Vaccination in Bombay 1874-1876 - 1874-1876
Year: 1874
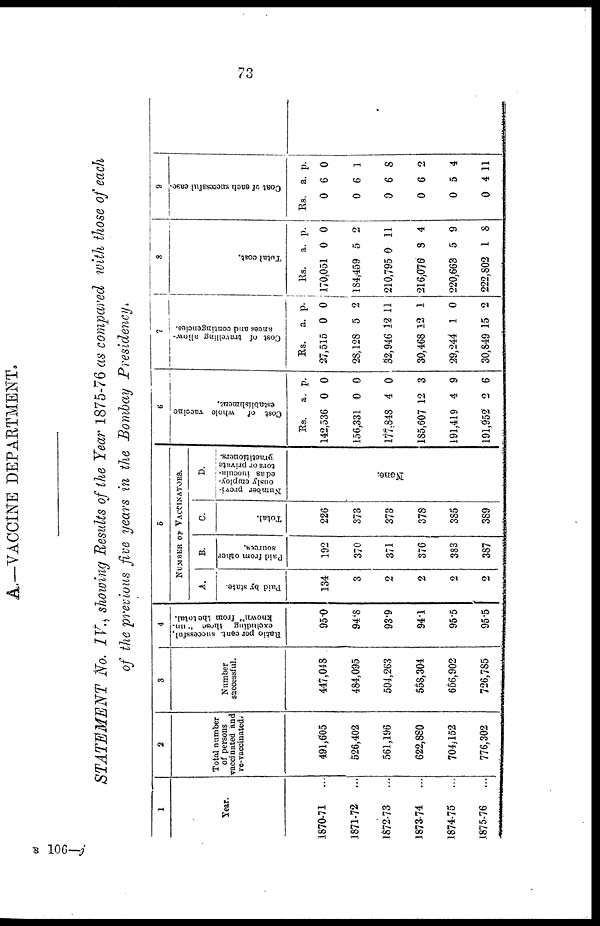
73
A.—VACCINE DEPARTMENT.
STATEMENT No. IV.,showing Results of the Year 1875-76 as compared with those of each
of the previous five years in the Bombay Presidency.
1
Year.
1870-71
...
1871-72
...
1872-73
...
1873-74
...
1874-75
...
1875-76
...
2
Total number
of persons
vaccinated and
re-vaccinated.
491,605
526,402
561,196
622,880
704,152
776,302
3
Number
successful.
447,048
484,095
504,263
558,304
656,902
726,785
4
Ratio percent. successful,
excluding those "un-
known" from the total.
95.0
94.8
93.9
94.1
95.5
95.5
5
NUMBER OF VACCINATORS.
A.
Paid by state.
134
3
2
2
2
2
B.
Paid from other
sources.
192
370
371
376
383
387
C.
Total.
226
373
373
378
385
389
D.
Number previ-
ously employ-
ed us iuocula-
tors or private
practitioners.
None.
6
Cost of whole vaccine
establishment.
Rs.
142,536
156,331
177,848
185,607
191,419
191,952
a.
0
0
4
12
4
2
p.
0
0
0
3
9
6
7
Cost of travelling allow¬
ances and contingencies.
Rs.
27,515
28,128
32,946
30,468
29,244
30,849
a.
0
5
12
12
1
15
p.
0
2
11
1
0
2
8
Total cost.
Rs.
170,051
184,459
210,795
216,076
220,663
222,802
a.
0
5
0
8
5
1
p.
0
2
11
4
9
8
9
Cost of each successful case.
Rs.
0
0
0
0
0
0
a.
6
6
6
6
5
4
p.
0
1
8
2
4
11
B 106—j